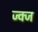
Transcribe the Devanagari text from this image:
ज्क्ज